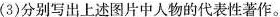
(3)分别写出上述图片中人物的代表性著作。